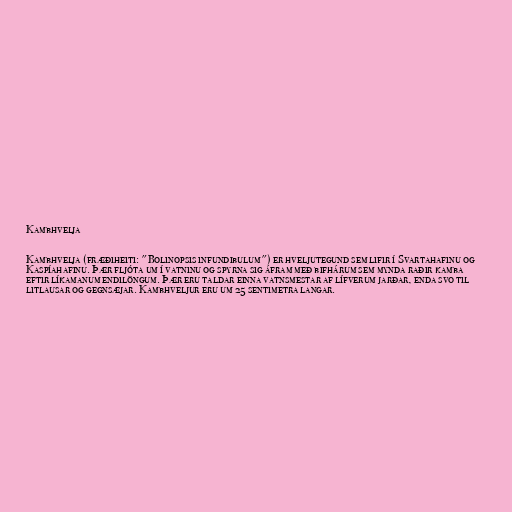
Kambhvelja

Kambhvelja (fræðiheiti: "Bolinopsis infundibulum") er hveljutegund sem lifir í Svartahafinu og
Kaspíahafinu. Þær fljóta um í vatninu og spyrna sig áfram með bifhárum sem mynda raðir kamba
eftir líkamanum endilöngum. Þær eru taldar einna vatnsmestar af lífverum jarðar, enda svo til
litlausar og gegnsæjar. Kambhveljur eru um 25 sentimetra langar.